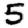
Digit: 5